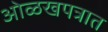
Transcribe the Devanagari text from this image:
ओळखपत्रात